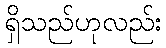
ရှိသည်ဟုလည်း